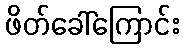
ဖိတ်ခေါ်ကြောင်း